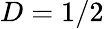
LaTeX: D=1/2